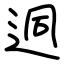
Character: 迵